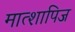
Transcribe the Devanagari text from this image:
मात्शापिज